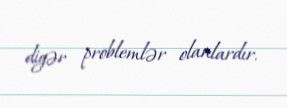
digər problemlər olanlardır.